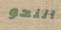
النحو